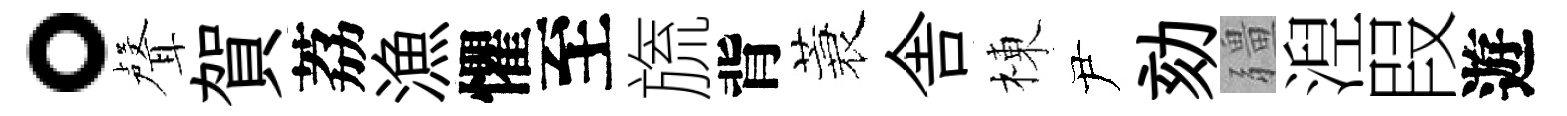
。聲賀荔漁懼至旒背蓑舎棟尹劾疆湼叚遊